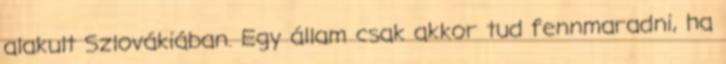
alakult Szlovákiában. Egy állam csak akkor tud fennmaradni, ha